Note on the mental hospitals in Burma - 1925-1940
Year: 1925
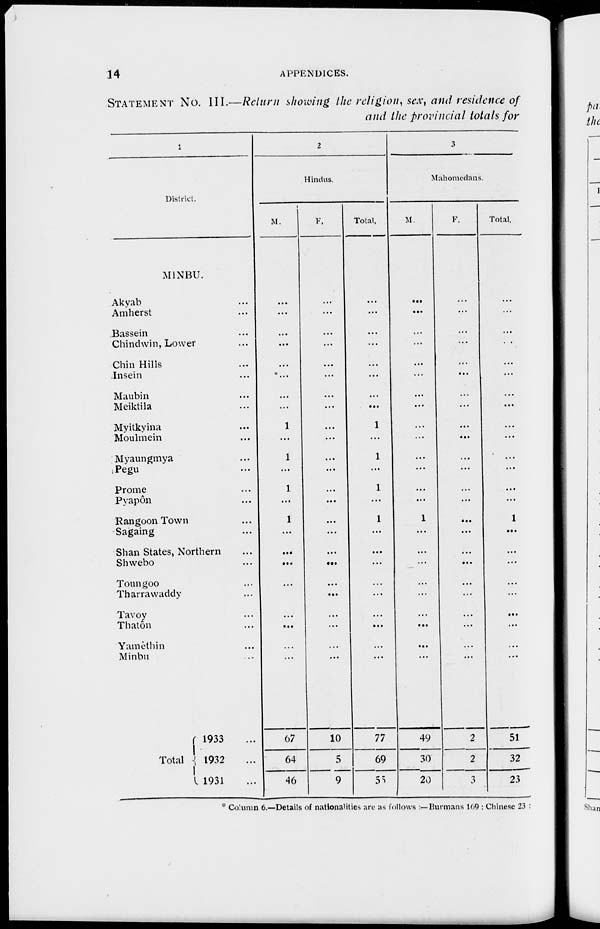
14
APPENDICES.
STATEMENT No. III.—Return showing the religion, sex, and residience of
and the provincial totals for
1
District.
MINBU.
Akyab ...
Amherst ...
Bassein ...
Chindwin, Lower ...
Chin Hills ...
Insein ...
Maubin ...
Meiktila ...
Myitkyina ...
Moulmein ...
Myaungmya ...
Pegu ...
Prome ...
Pyapôn ...
Rangoon Town ...
Sagaing ...
Shan States, Northern ...
Shwebo ...
Toungoo ...
Tharrawaddy ...
Tavoy ...
Thatôn ...
Yamèthin ...
Minbu ...
Total
1933 ...
1932 ...
1931 ...
2
Hindus.
M.
...
...
...
...
...
...
...
...
1
...
1
...
1
...
1
...
...
...
...
...
...
...
...
...
67
64
46
F.
...
...
...
...
...
...
...
...
...
...
...
...
...
...
...
...
...
...
...
...
...
...
...
...
10
5
9
Total.
...
...
...
...
...
...
...
...
1
...
1
...
1
...
1
...
...
...
...
...
...
...
...
...
77
69
55
3
Mahomedans.
M.
...
...
...
...
...
...
...
...
...
...
...
...
...
...
1
...
...
...
...
...
...
...
...
...
49
30
20
F.
...
...
...
...
...
...
...
...
...
...
...
...
...
...
...
...
...
...
...
...
...
...
...
2
2
3
Total.
...
...
...
...
...
...
...
...
...
...
...
...
...
1
...
...
...
...
...
...
...
...
...
51
32
23
* Column 6.—Details of nationalities are as follows : — Burmans 109 : Chinese 23